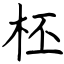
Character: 柸